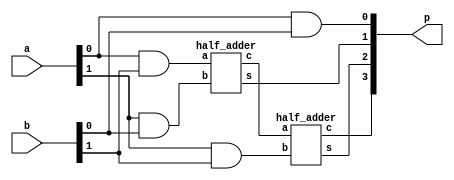
module multiplier_2x2(p, a, b);
	input [1:0] a, b; //b is multiplicand and a is multiplier
	output [3:0] p;
	wire c1;
	assign p[0] = a[0] & b[0];
	half_adder ha1(p[1], c1, a[0]&b[1], a[1]&b[0]);
	half_adder ha2(p[2], p[3], c1, a[1]&b[1]);
endmodule

module half_adder(s, c, a, b);
	input a, b;
	output s,c;
	assign s = a ^ b;
	assign c = a & b;
endmodule

module multiplier_stimulus;
    reg [1:0] a, b;
    wire [3:0] p;
    multiplier_2x2 m1(p, a, b);
    initial
    begin
        a = 2'b00; b = 2'b00;
    #50 a = 2'b00; b = 2'b01;
    #50 a = 2'b00; b = 2'b10;
    #50 a = 2'b00; b = 2'b11;
    #50 a = 2'b01; b = 2'b00;
    #50 a = 2'b01; b = 2'b01;
    #50 a = 2'b01; b = 2'b10;
    #50 a = 2'b01; b = 2'b11;
    #50 a = 2'b10; b = 2'b00;
    #50 a = 2'b10; b = 2'b01;
    #50 a = 2'b10; b = 2'b10;
    #50 a = 2'b10; b = 2'b11;
    #50 a = 2'b11; b = 2'b00;
    #50 a = 2'b11; b = 2'b01;
    #50 a = 2'b11; b = 2'b10;
    #50 a = 2'b11; b = 2'b11;
    #200 $finish;
    end
endmodule